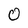
Character: 0